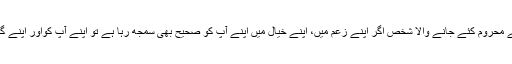
نظام کے خلاف باتیں کرکے، بول کر اپنے حق سے محروم کئے جانے والا شخص اگر اپنے زُعم میں، اپنے خیال میں اپنے آپ کو صحیح بھی سمجھ رہا ہے تو اپنے آپ کواور اپنے گھر والوں کو بھی ایمان سے محروم کررہا ہوتا ہے۔